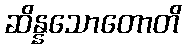
ဆိန္နသောတောတိ